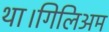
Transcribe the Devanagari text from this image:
था।गिलिअम